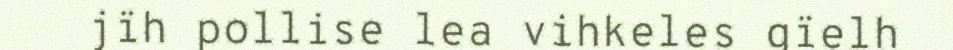
jïh pollise lea vihkeles gïelh